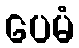
ပေမံ